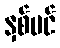
နှစ်ပင်